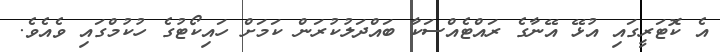
އެ ކޮޓަރީގައި އުޅޭ އޭނާގެ ރައްޓެއްސަކާ ބައްދަލުކުރަން ކަމަށް ހައިކޯޓުގެ ހުކުމްގައި ވެއެވެ.